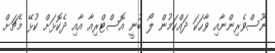
ނޫސްވެރިންނާއި ވާހަކަ ދައްކަމުން ލޯ ބުނީ އޮސްޓްރިއާ އާއި ދެކޮޅަށް ކުޅޭ މެޗަށް